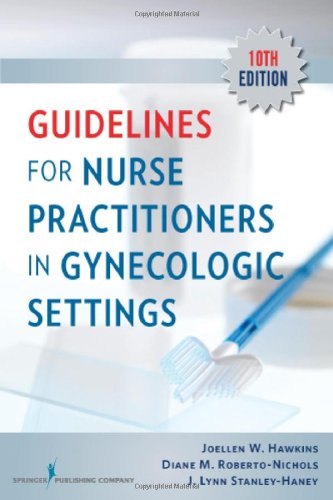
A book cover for Guidelines for Nurse Practitioners in Gynecologic Settings, Tenth Edition; Joellen W. Hawkins RN  PhD  WHNP-BC  FAAN  FAANP; Medical Books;